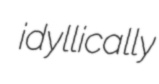
idyllically